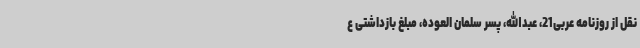
نقل از روزنامه عربی21، عبدالله، پسر سلمان العوده، مبلغ بازداشتی ع